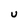
Character: u